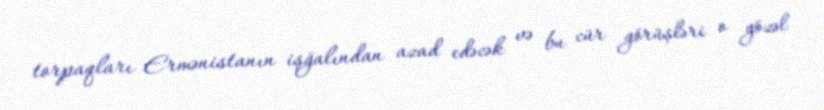
torpaqları Ermənistanın işğalından azad edəcək və bu cür görüşləri o gözəl